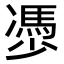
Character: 𠘔